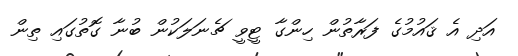
އަދި އެ ޤައުމުގެ ފަރާތުން ހިންގާ ޓީވީ ޗެނަލަކުން ބުނާ ގޮތުގައި ތިން